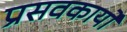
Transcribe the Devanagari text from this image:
प्रसवकार्यों